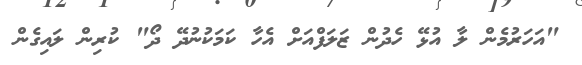
"އަހަރުމެން ލާ އުޅޭ ހެދުން ޒަލަފްއަށް އެހާ ކަމަކުނުދޭ ދޯ" ކުރިން ލައިގެން